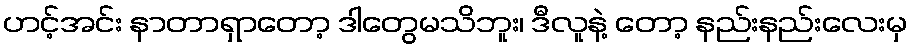
ဟင့်အင်း နာတာရှာတော့ ဒါတွေမသိဘူး၊ ဒီလူနဲ့ တော့ နည်းနည်းလေးမှ